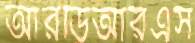
আরডিআরএস